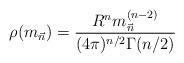
LaTeX: \begin{align*}\rho({m}_{\vec{n}})=\frac{R^n{{m}_{\vec{n}}^{(n-2)}}}{(4\pi)^{n/2}\Gamma(n/2)}\end{align*}